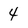
Character: 4